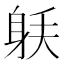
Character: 𰸼